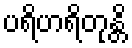
ပရိဟရိတုန္တိ